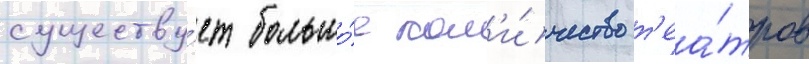
существу́ет большо́е кол'и́чество т'еа́тров